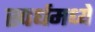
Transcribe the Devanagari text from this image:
स्पर्धमध्ये